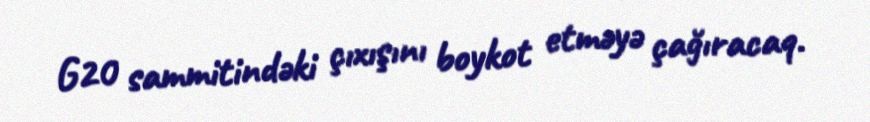
G20 sammitindəki çıxışını boykot etməyə çağıracaq.